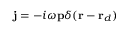
\mathbf { j } = - i \omega \mathbf { p } \delta ( \mathbf { r } - \mathbf { r } _ { d } )